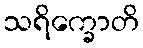
သရိက္ခောတိ